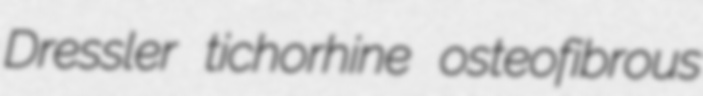
Dressler tichorhine osteofibrous